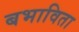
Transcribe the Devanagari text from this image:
बभाविता